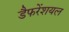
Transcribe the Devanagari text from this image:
डैफरेंशयल